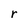
Character: r